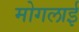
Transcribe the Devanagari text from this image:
मोगलार्इ